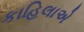
કાહિલાએ